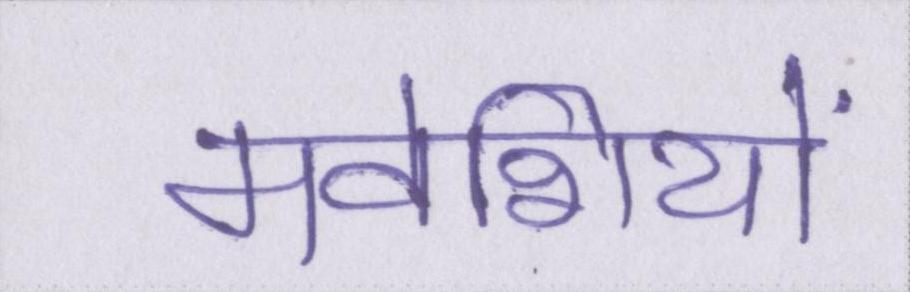
मवेशियों